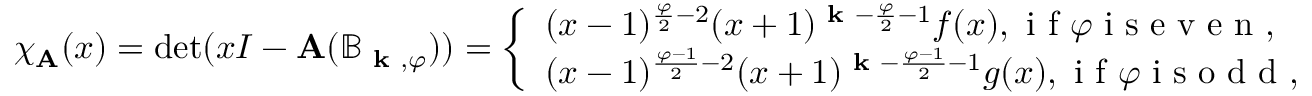
\chi _ { \mathbf { A } } ( x ) = \operatorname* { d e t } ( x I - \mathbf { A } ( \mathbb { B } _ { \textbf { k } , \varphi } ) ) = \left\{ \begin{array} { l l } { ( x - 1 ) ^ { \frac { \varphi } { 2 } - 2 } ( x + 1 ) ^ { \textbf { k } - \frac { \varphi } { 2 } - 1 } f ( x ) , \textup { i f } \varphi \textup { i s e v e n , } } \\ { ( x - 1 ) ^ { \frac { \varphi - 1 } { 2 } - 2 } ( x + 1 ) ^ { \textbf { k } - \frac { \varphi - 1 } { 2 } - 1 } g ( x ) , \textup { i f } \varphi \textup { i s o d d , } } \end{array} \right.